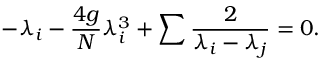
- \lambda _ { i } - { \frac { 4 g } { N } } \lambda _ { i } ^ { 3 } + \sum { \frac { 2 } { \lambda _ { i } - \lambda _ { j } } } = 0 .